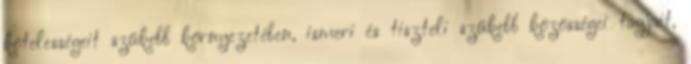
kötelességeit szűkebb környezetében, ismeri és tiszteli szűkebb közösségei tagjait,